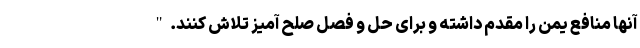
آنها منافع یمن را مقدم داشته و برای حل و فصل صلح آمیز تلاش کنند."